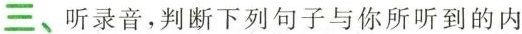
三、听录音,判断下列句子与你所听到的内